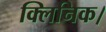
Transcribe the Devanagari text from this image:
क्लिनिक।